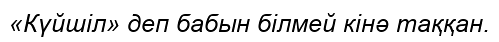
«Күйшіл» деп бабын білмей кінә таққан.